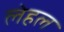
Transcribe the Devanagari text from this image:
लेहल